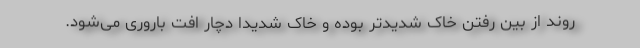
روند از بین رفتن خاک شدیدتر بوده و خاک شدیداً دچار افت باروری می‌شود.